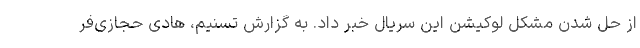
از حل شدن مشکل لوکیشن این سریال خبر داد. به گزارش تسنیم، هادی حجازی‌فر